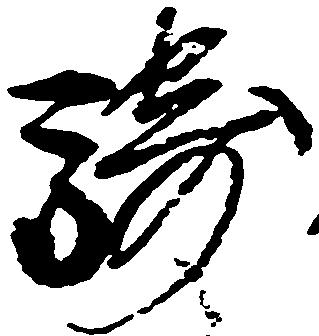
騎